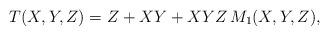
LaTeX: \begin{align*} T(X,Y,Z)= Z + XY + XYZ\, M_1(X,Y,Z),\end{align*}